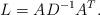
LaTeX: \begin{align*}L=A D^{-1} A^T. \end{align*}